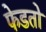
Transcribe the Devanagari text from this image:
फेडतो